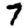
Digit: 7